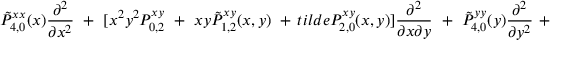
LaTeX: \tilde { P } _ { 4 , 0 } ^ { x x } ( x ) { \frac { \partial ^ { 2 } } { \partial x ^ { 2 } } } \ + \ [ x ^ { 2 } y ^ { 2 } P _ { 0 , 2 } ^ { x y } \ + \ x y \tilde { P } _ { 1 , 2 } ^ { x y } ( x , y ) \ + \, t i l d e { P } _ { 2 , 0 } ^ { x y } ( x , y ) ] { \frac { \partial ^ { 2 } } { \partial x \partial y } } \ + \ \tilde { P } _ { 4 , 0 } ^ { y y } ( y ) { \frac { \partial ^ { 2 } } { \partial y ^ { 2 } } } \ +